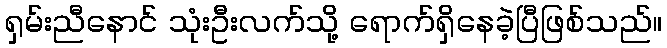
ရှမ်းညီနောင် သုံးဦးလက်သို့ ရောက်ရှိနေခဲ့ပြီဖြစ်သည်။